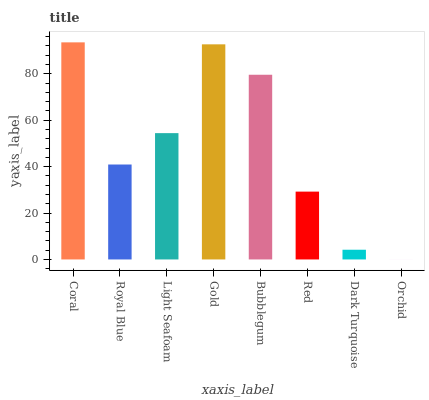
| xaxis_label | bars |
 | --- | --- |
 | Coral | 93.5 |
 | Royal Blue | 40.9 |
 | Light Seafoam | 54.4 |
 | Gold | 92.7 |
 | Bubblegum | 79.6 |
 | Red | 29.2 |
 | Dark Turquoise | 4.19 |
 | Orchid | 0.0144 |